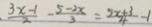
\frac { 3 x - 1 } { 2 } - \frac { 5 - 2 x } { 3 } = \frac { 5 x + 3 } { 4 } - 1